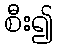
စီး၍